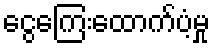
ငွေကြေးထောက်ပံ့မှု